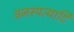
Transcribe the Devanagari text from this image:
वनस्पत्यादि